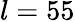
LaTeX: l=55